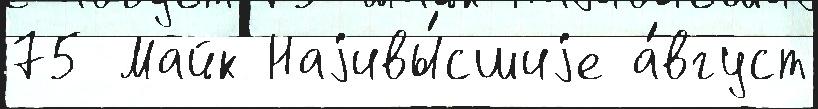
75 Майк Наjивы́сшиjе а́вгуст